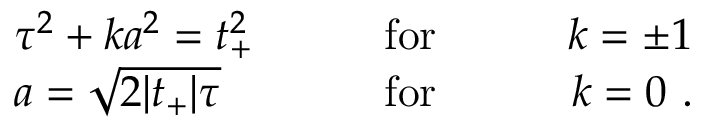
\begin{array} { l c r } { { \tau ^ { 2 } + k a ^ { 2 } = t _ { + } ^ { 2 } } } & { { \qquad \mathrm { f o r } \qquad } } & { { k = \pm 1 } } \\ { { a = \sqrt { 2 | t _ { + } | \tau } } } & { { \qquad \mathrm { f o r } \qquad } } & { { k = 0 \ . } } \end{array}